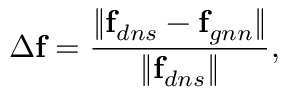
\Delta \mathbf { f } = \frac { \| \mathbf { f } _ { d n s } - \mathbf { f } _ { g n n } \| } { \| \mathbf { f } _ { d n s } \| } ,